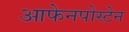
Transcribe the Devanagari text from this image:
आफेनपोस्टेन